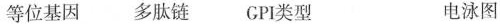
等位基因 多肽链 CPI类型 电泳图